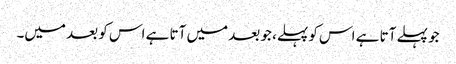
جو پہلے آتا ہے اس کو پہلے، جو بعد میں آتا ہے اس کو بعد میں۔